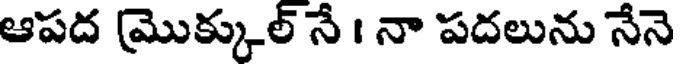
ఆపద (మొక్కుల్ నే । నా పదలును నేనె